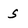
Character: S